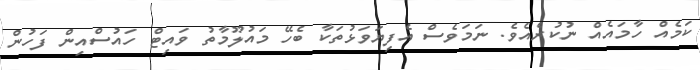
ކަމެއް ހާމައެއް ނުކުރެއެވެ. ނަމަވެސް އެފިޔަވަޅުތަކާ ބެހޭ މައުލޫމާތު ވައިޓް ހައުސްއިން ފަހުން